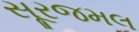
સૂરજમલ